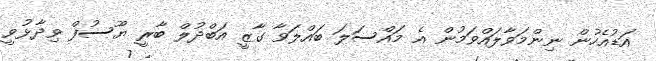
އަޑުއެހުން ނިންމަވާލައްވަމުން އެ މައްސަލަ ބައްލަވާ ގާޒީ އަބްދުލް ބާރީ ޔޫސުފް ވިދާޅުވީ